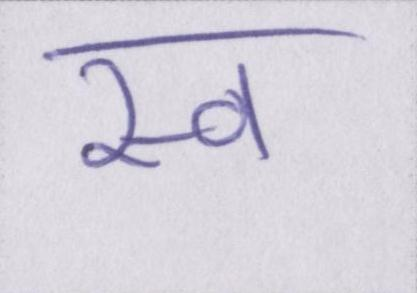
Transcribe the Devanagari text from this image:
स्व